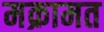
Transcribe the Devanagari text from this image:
मक्रामत